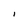
Character: I